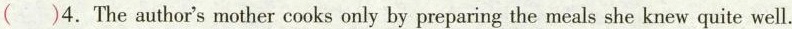
( )4. The author's mother cooks only by preparing the meals she knew quite well.